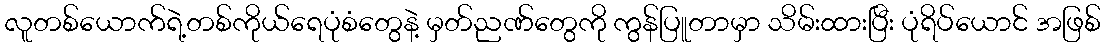
လူတစ်ယောက်ရဲ့တစ်ကိုယ်ရေပုံစံတွေနဲ့ မှတ်ညဏ်တွေကို ကွန်ပြူတာမှာ သိမ်းထားပြီး ပုံရိပ်ယောင် အဖြစ်